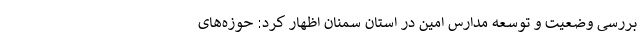
بررسی وضعیت و توسعه مدارس امین در استان سمنان اظهار کرد: حوزه‌های